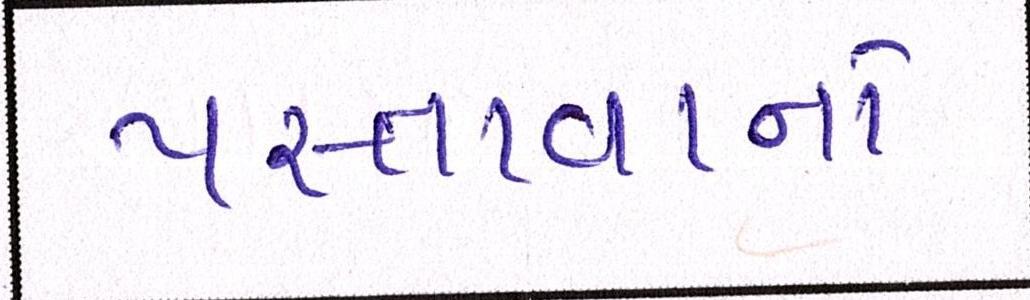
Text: પસ્તાવાનો